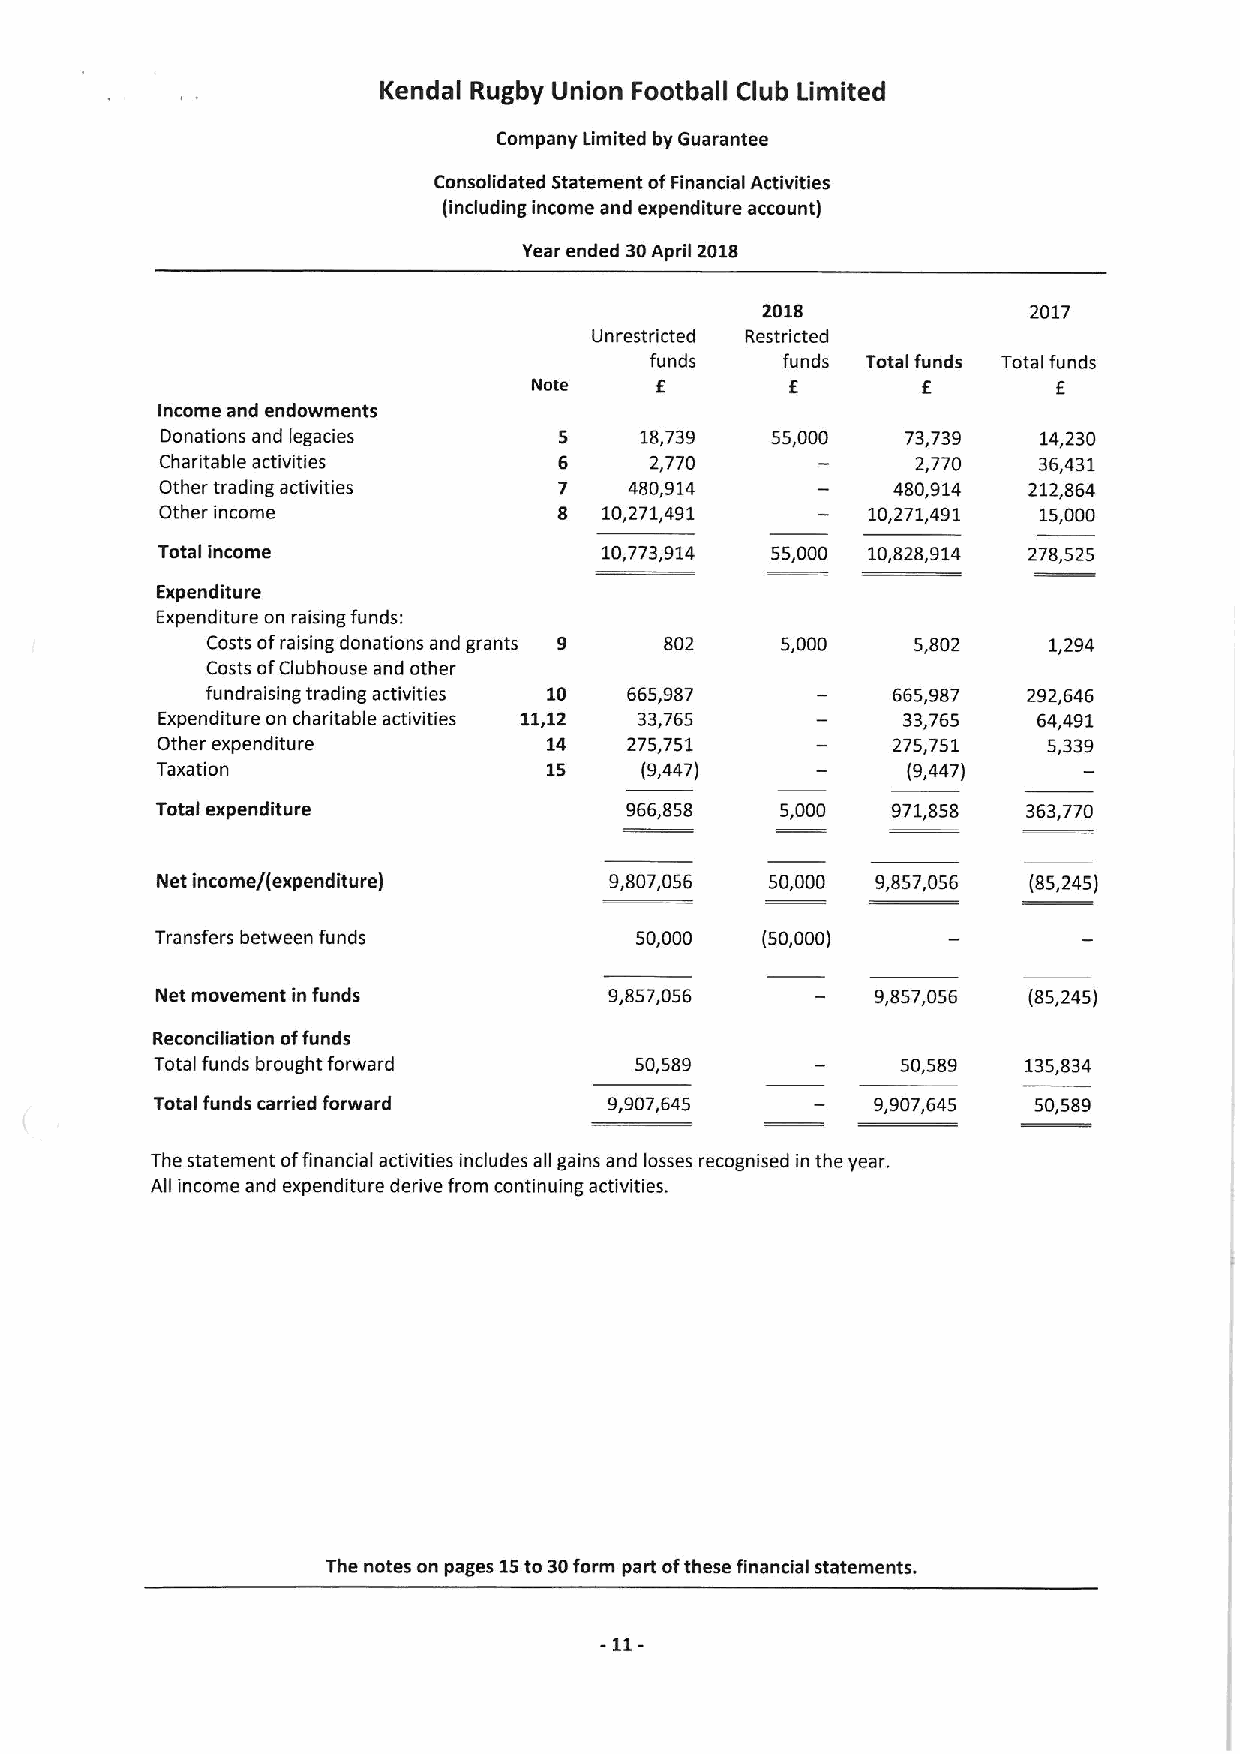
Kendal Rugby Union Football Club Limited
 Company Limited by Guarantee
 Consolidated Statement ofFinancial Activities
 (including income and expenditure account)
 Year ended 30April 2018
 2018              2017
 Unrestricted Restricted
 funds    funds Totalfunds Total funds
 Nate    E        E        E        E
 Income and endowments
 Donations and legacies    5    18,739   55,000   73,739   14,230
 Charitable activities     6     2,770             2,770   36,431
 Other trading activities  7    480,914          480,914  212,864
 Other income              8  10,271,491       10,271,491  15,000
 Total income                  10,773,914 55,000 10,828,914 278,525
 Expenditure
 Expenditure on raising funds:
 Costs ofraising donations and grants 802 5,000 5,802   1,294
 Costs ofClubhouse and other
 fundraising trading activities 10 665,987    665,987  292,646
 Expenditure on charitable activities 11.12 33,765 33,765   64,491
 Other expenditure         14    275,751          275,751   5,339
 Taxation                  15    (9,447)           (9,447)
 Total expenditure              966,858    5,000  971,858  363,770
 Net income/(expenditure)      9,807,056  50,000 9,857,056 (85,245)
 Transfers between funds         50,000  (50,000)
 Net movement in funds         9,857,056         9,857,056 (85,245)
 Reconciliation offunds
 Total funds brought forward     50,589            50,589  135,834
 Total funds carried forward   9,907,645         9,907,645 50,589
 The statement offinancial activities includes all gains and losses recognised in the year.
 All income and expenditure derive from continuing activities.
 The notes on pages 15to 30form part ofthese financial statements.
 -11-